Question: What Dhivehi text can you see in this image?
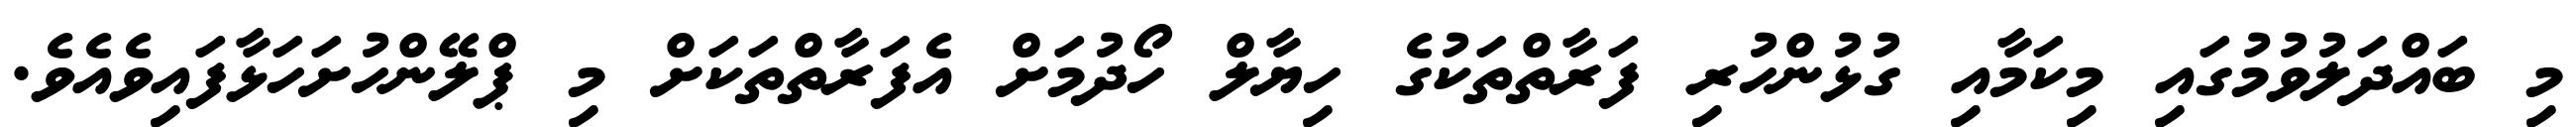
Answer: މި ބައްދަލުވުމުގައި މިކަމާއި ގުޅުންހުރި ފަރާތްތަކުގެ ހިޔާލް ހޯދުމަށް އެފަރާތްތަކަށް މި ޕްލޭންހުށަހަޅާފައިވެއެވެ.